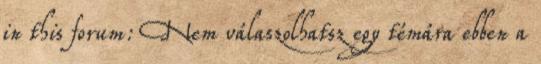
in this forum: Nem válaszolhatsz egy témára ebben a